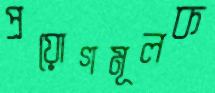
প্রয়োগমূলক